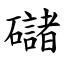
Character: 䃴